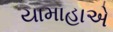
યામાહાએ